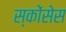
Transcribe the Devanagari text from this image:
स्कोंसेस